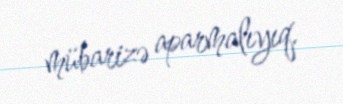
mübarizə aparmalıyıq.